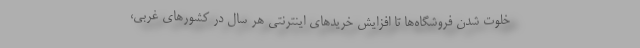
خلوت شدن فروشگاه‌ها تا افزایش خریدهای اینترنتی هر سال در کشورهای غربی،